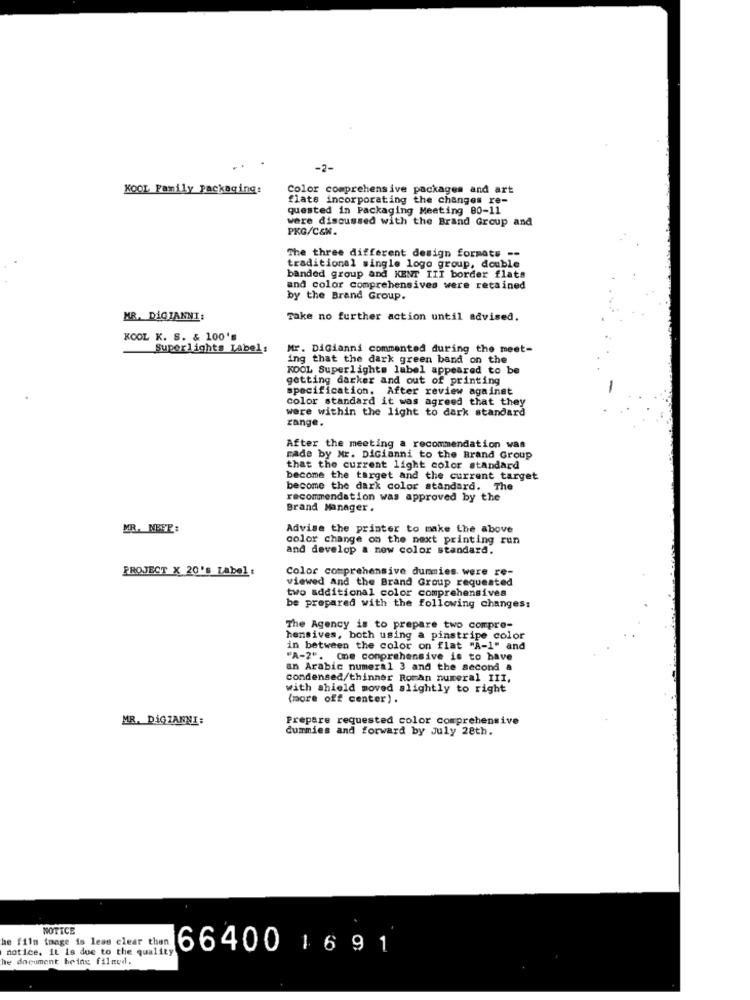
-2-
KOOL Family Packaging:
Color comprehensive packages and art
flats incorporating the changes re-
quested in Packaging Meeting 80-11
were discussed with the Brand Group and
PKG/C&N.
The three different design formats --
traditional single logo group, double
banded group and KENT III border flats
and color comprehensives were retained
by the Brand Group.
MR. DiGIANNI:
Take no further action until advised.
KOOL K. S. & 100's
Superlights Label:
Mr. DiGianni commented during the meet-
ing that the dark green band on the
KOOL Superlights label appeared to be
getting darker and out of printing
specification. After review against
color standard it was agreed that they
were within the light to dark standard
range.
After the meeting a recommendation was
made by Nr. DiGianni to the Brand Group
that the current light color standard
become the target and the current target
become the dark color standard. The
recommendation was approved by the
Brand Manager.
MR. NBER :
Advise the printer to make the above
color change on the next printing run
and develop a new color standard.
PROJECT X 20's Label:
Color comprehensive dummies were re-
viewed and the Brand Group requested
two additional color comprehensives
be prepared with the following changes:
The Agency is to prepare two compre-
hensives, both using a pinstripe color
in between the color on flat "A-1-
"A-2". One comprehensive is to have
an Arabic numeral 3 and the second a
condensed/thinner Roman numeral III,
with shield moved slightly to right
(more off center).
MR. DİGIANNI:
Prepare requested color comprehensive
dummies and forward by July 28th.
NOTICE
he film image is less clear than
notice. It is due to the quality
66400 1691
he document being filmed.